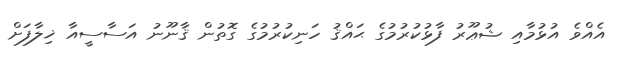
އެއްވެ އުޅުމާއި ޝުޢޫރު ފާޅުކުރުމުގެ ޙައްޤު ހަނިކުރުމުގެ ގޮތުން ޤާނޫނު އަސާސީއާ ޚިލާފަށް